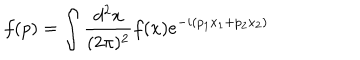
LaTeX: f ( p ) = \int \frac { d ^ { 2 } x } { ( 2 \pi ) ^ { 2 } } f ( x ) e ^ { - i ( p _ { 1 } x _ { 1 } + p _ { 2 } x _ { 2 } ) }